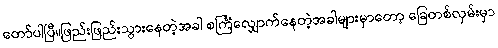
တော်ပါပြီ။ဖြည်းဖြည်းသွားနေတဲ့အခါ စင်္ကြံလျှောက်နေတဲ့အခါများမှာတော့ ခြေတစ်လှမ်းမှာ